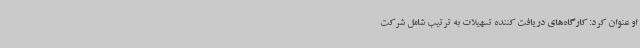
او عنوان کرد: کارگاه‌های دریافت کننده تسهیلات به ترتیب شامل شرکت